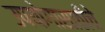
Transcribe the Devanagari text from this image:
उपयोगासाठीचे